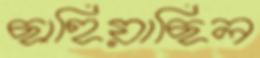
ছাহিয়াছিল